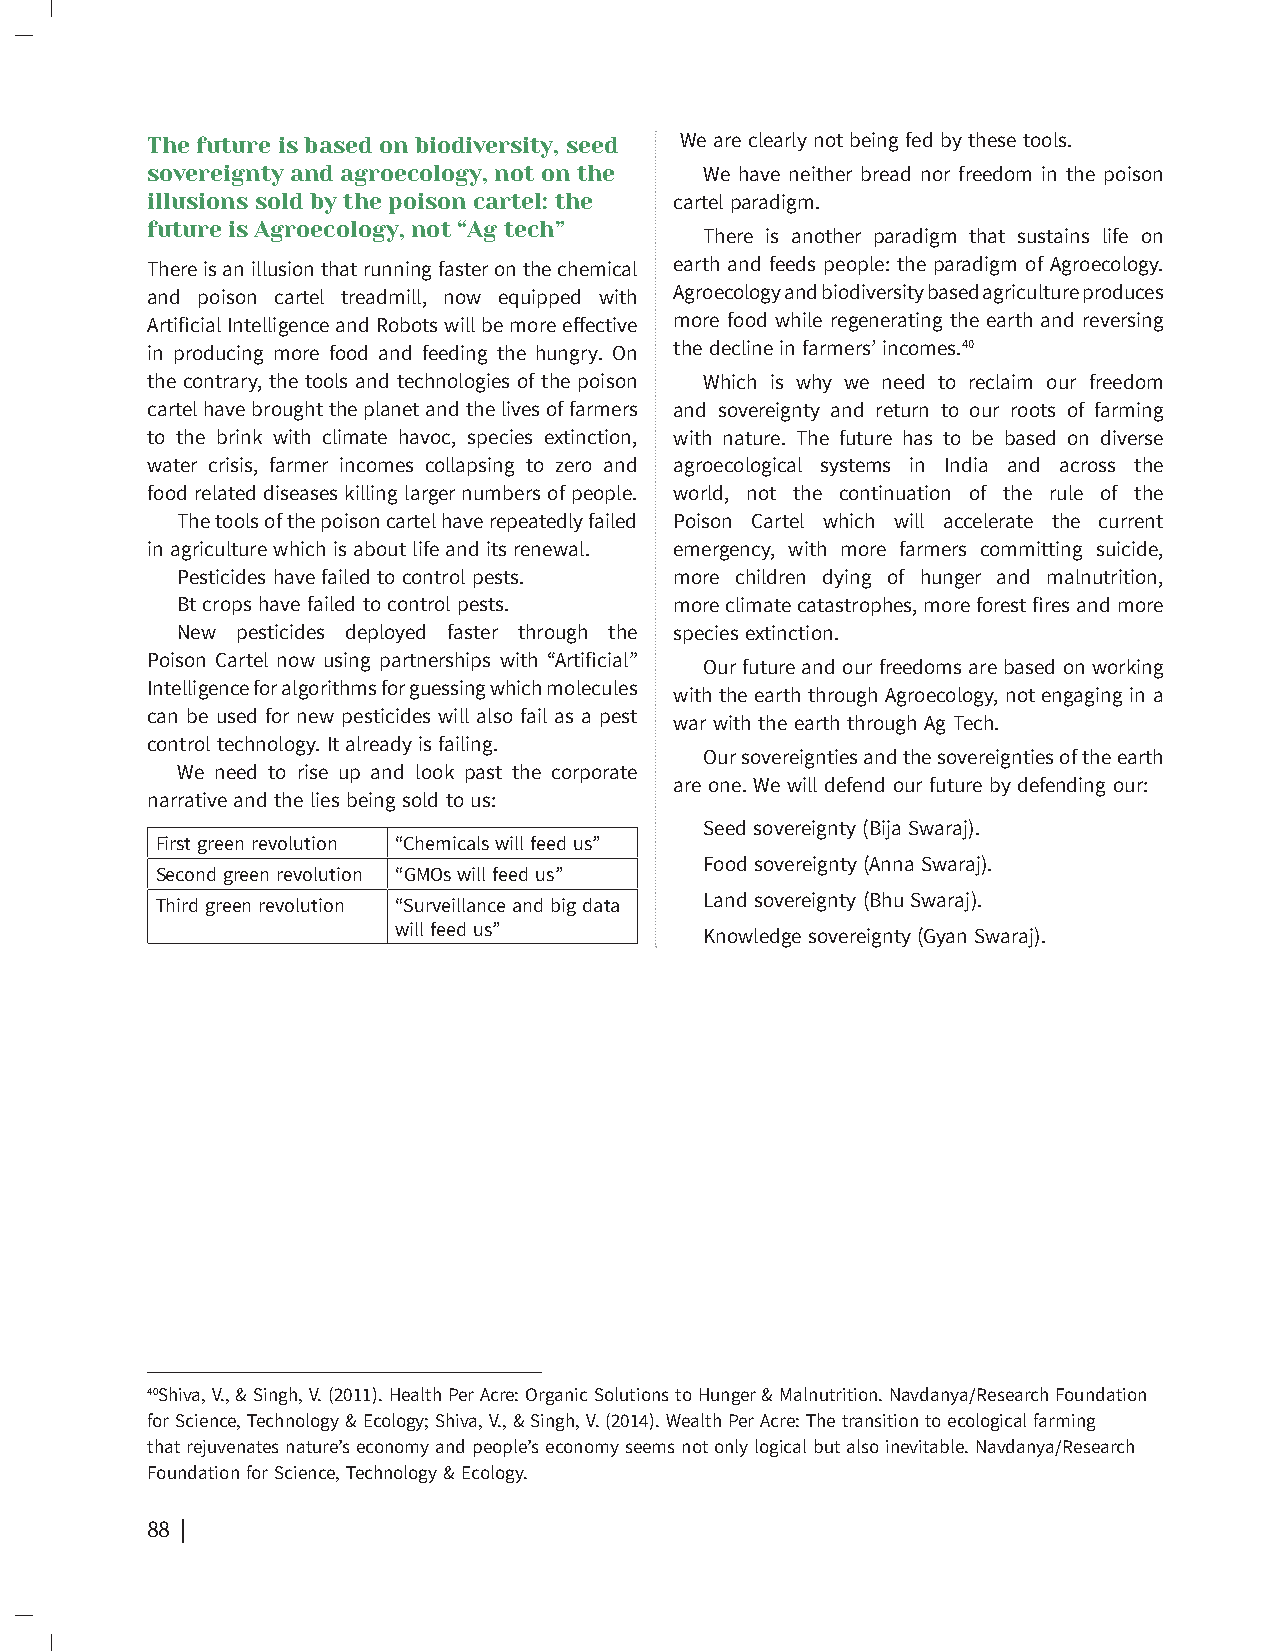
The future is based on biodiversity, seed We are clearly not being fed by these tools.
 sovereignty and agroecology, not on the We have neither bread nor freedom in the poison
 illusions sold by the poison cartel: the cartel paradigm.
 future is Agroecology, not “Ag tech”
 There is another paradigm that sustains life on
 There is an illusion that running faster on the chemical earth and feeds people: the paradigm of Agroecology.
 and poison cartel treadmill, now equipped with Agroecology and biodiversity based agriculture produces
 Artificial Intelligence and Robots will be more effective more food while regenerating the earth and reversing
 in producing more food and feeding the hungry. On the decline in farmers’ incomes.40
 the contrary, the tools and technologies of the poison Which is why we need to reclaim our freedom
 cartel have brought the planet and the lives of farmers and sovereignty and return to our roots of farming
 to the brink with climate havoc, species extinction, with nature. The future has to be based on diverse
 water crisis, farmer incomes collapsing to zero and agroecological systems in India and across the
 food related diseases killing larger numbers of people. world, not the continuation of the rule of the
 The tools of the poison cartel have repeatedly failed Poison Cartel which will accelerate the current
 in agriculture which is about life and its renewal. emergency, with more farmers committing suicide,
 Pesticides have failed to control pests. more children dying of hunger and malnutrition,
 Bt crops have failed to control pests. more climate catastrophes, more forest fires and more
 New pesticides deployed faster through the species extinction.
 Poison Cartel now using partnerships with “Artificial”
 Our future and our freedoms are based on working
 Intelligence for algorithms for guessing which molecules
 with the earth through Agroecology, not engaging in a
 can be used for new pesticides will also fail as a pest
 war with the earth through Ag Tech.
 control technology. It already is failing.
 Our sovereignties and the sovereignties of the earth
 We need to rise up and look past the corporate
 are one. We will defend our future by defending our:
 narrative and the lies being sold to us:
 Seed sovereignty (Bija Swaraj).
 First green revolution “Chemicals will feed us”
 Food sovereignty (Anna Swaraj).
 Second green revolution “GMOs will feed us”
 Third green revolution “Surveillance and big data Land sovereignty (Bhu Swaraj).
 will feed us”
 Knowledge sovereignty (Gyan Swaraj).
 40Shiva, V., & Singh, V. (2011). Health Per Acre: Organic Solutions to Hunger & Malnutrition. Navdanya/Research Foundation
 for Science, Technology & Ecology; Shiva, V., & Singh, V. (2014). Wealth Per Acre: The transition to ecological farming
 that rejuvenates nature’s economy and people’s economy seems not only logical but also inevitable. Navdanya/Research
 Foundation for Science, Technology & Ecology.
 88 | The Future of Our Daily Bread